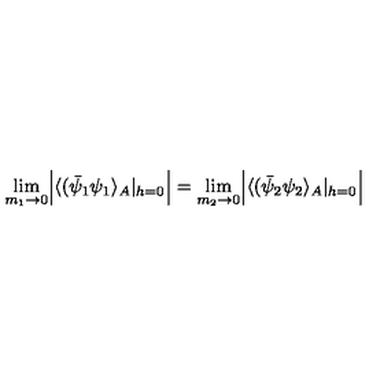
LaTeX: \lim _ { m _ { 1 } \rightarrow 0 } \Bigl | \langle ( \bar { \psi } _ { 1 } \psi _ { 1 } \rangle _ { A } | _ { h = 0 } \Bigr | = \lim _ { m _ { 2 } \rightarrow 0 } \Bigl | \langle ( \bar { \psi } _ { 2 } \psi _ { 2 } \rangle _ { A } | _ { h = 0 } \Bigr |